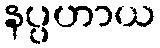
နပ္ပဟာယ